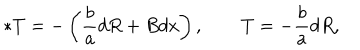
\ast T = - \left( { \frac { b } { a } } d R + B d x \right) , \qquad T = - { \frac { b } { a } } d R ,